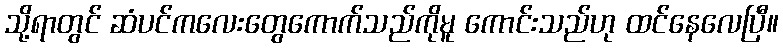
သို့ရာတွင် ဆံပင်ကလေးတွေကောက်သည်ကိုမူ ကောင်းသည်ဟု ထင်နေလေပြီ။